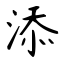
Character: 添